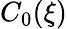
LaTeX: C_{0}(\xi)